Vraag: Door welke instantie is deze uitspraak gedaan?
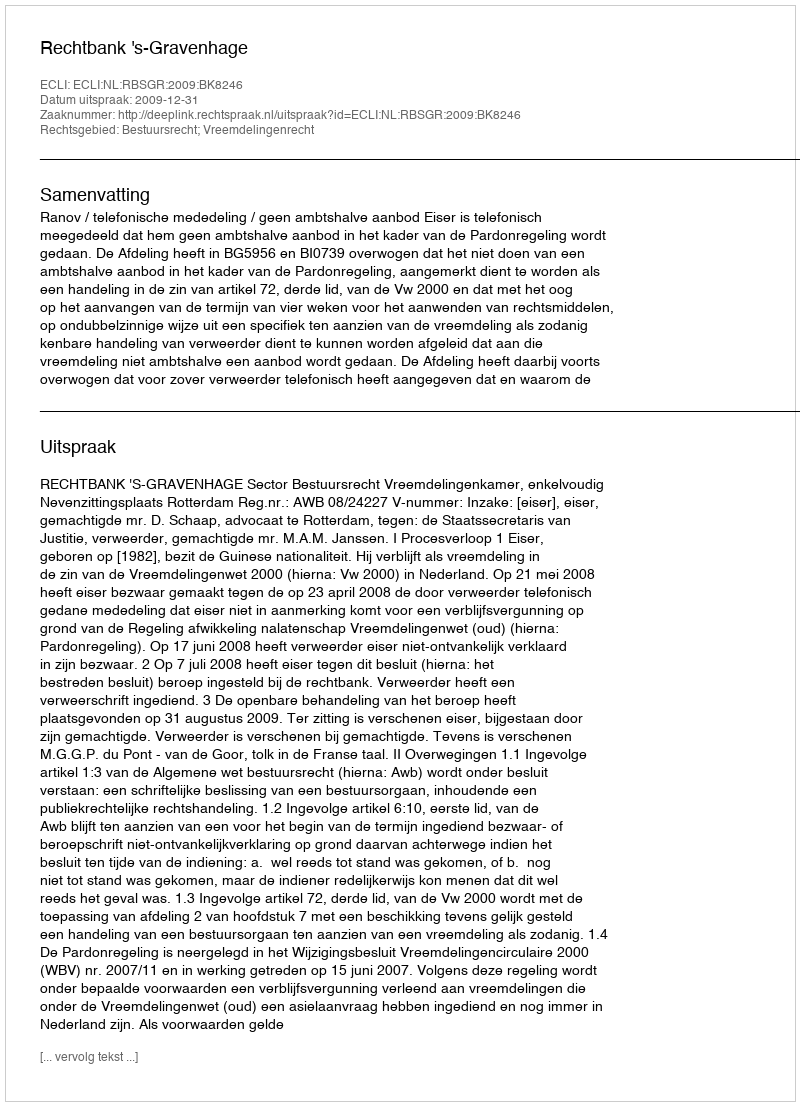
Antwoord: Rechtbank 's-Gravenhage